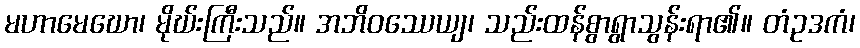
မဟာမေဃော၊ မိုဃ်းကြီးသည်။ အဘိဝဿေယျ၊ သည်းထန်စွာရွာသွန်းရာ၏။ တံဥဒကံ၊